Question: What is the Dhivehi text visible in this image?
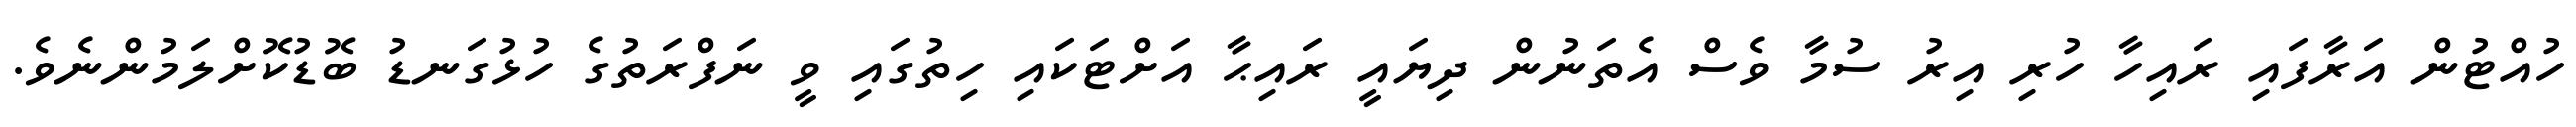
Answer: ހުއްޓުން އަރާފައި ރައިހާ ހުރި އިރު ސުމާ ވެސް އެތަނުން ދިޔައީ ރައިޙާ އަށްޓަކައި ހިތުގައި ވީ ނަފްރަތުގެ ހުޅުގަނޑު ބޮޑުކޮށްލަމުންނެވެ.